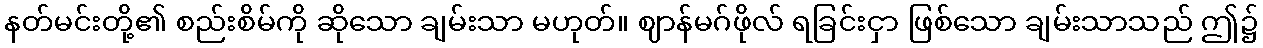
နတ်မင်းတို့၏ စည်းစိမ်ကို ဆိုသော ချမ်းသာ မဟုတ်။ ဈာန်မဂ်ဖိုလ် ရခြင်းငှာ ဖြစ်သော ချမ်းသာသည် ဤ၌